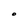
Character: 0